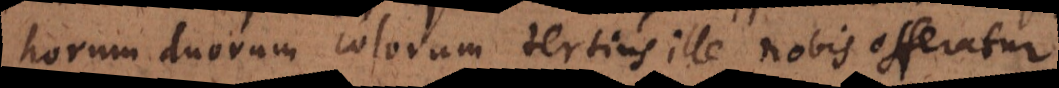
horum duorum colorum tertius ille nobis offeratur.